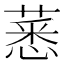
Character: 𦸝